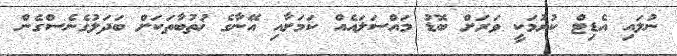
ނުލައި އެޑިޓް ކުރުމަކީ ވަރަށް ބޮޑު މައްސަލައެއް ކަމަށާއި އޭނާގެ ޚުތުބާތަކަށް ބަދަލުގެނެސްގެން